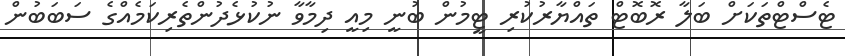
ޓެސްޓްތަކަށް ބަލާ ރޮބޮޓް ތައްޔާރުކުރި ޓީމުން ބުނީ މިއީ ދިމާވާ ނުކުޅެދުންތެރިކަމެއްގެ ސަބަބުން